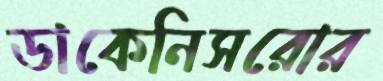
ডাকেনিসরোর